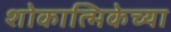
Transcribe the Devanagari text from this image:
शोकात्मिकेच्या